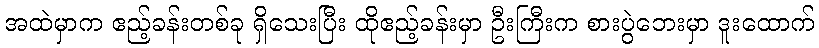
အထဲမှာက ဧည့်ခန်းတစ်ခု ရှိသေးပြီး ထိုဧည့်ခန်းမှာ ဦးကြီးက စားပွဲဘေးမှာ ဒူးထောက်